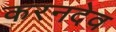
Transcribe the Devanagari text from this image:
करनदेव